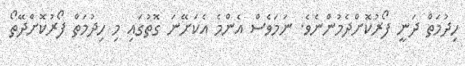
ހިދުމަތް ދަނީ ފޯރުކޮށްދެމުންނެވެ. ނަމަވެސް އެންމެ އެކަށޭނަ ގޮތުގައި މި ހިދުމަތް ފޯރުކޮށްދޭތޯ